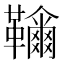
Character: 𩍲